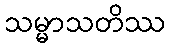
သမ္မာသတိဿ